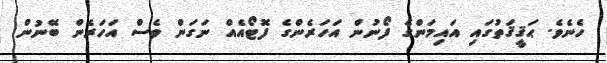
ހެނެވެ. ޙަޤީޤަތުގައި އައިމަންގެ ފޯނުން އަހަރެންގެ ފޮޓޯއެއް ނަގަން ވެސް އަހަރެން ބޭނުން